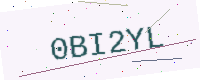
Text: 0BI2YL